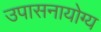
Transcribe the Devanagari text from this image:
उपासनायोग्य